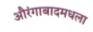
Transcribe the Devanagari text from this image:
औरंगाबादमधला